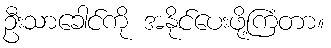
ဦးသာခေါင်ကို အနိုင်ပေးဖို့ကြံတာ။